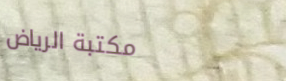
مكتبة الرياض